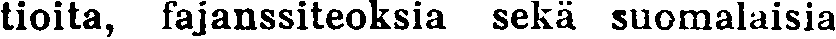
tioita, fajanssiteoksia sekä suomalaisia